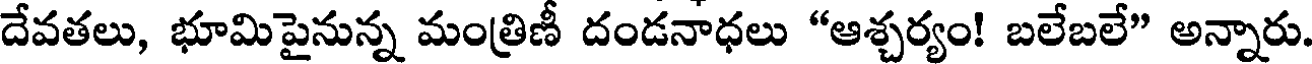
దేవతలు, భూమిపైనున్న మంత్రిణీ దండనాధలు "ఆశ్చర్యం! బలేబలే" అన్నారు.